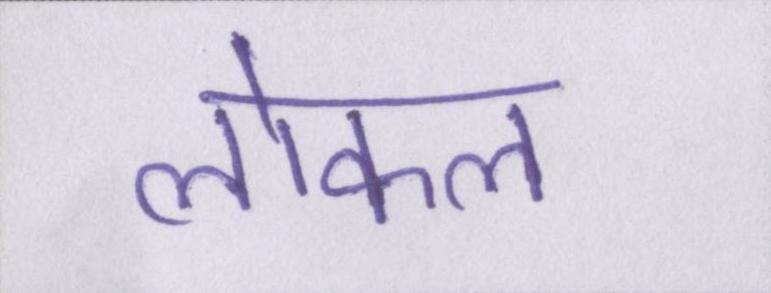
लोकल